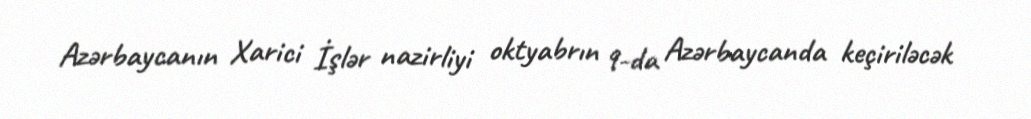
Azərbaycanın Xarici İşlər nazirliyi oktyabrın 9-da Azərbaycanda keçiriləcək